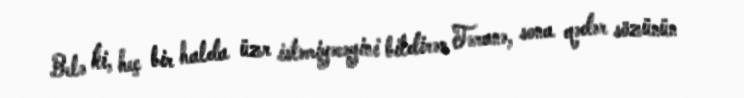
Belə ki, heç bir halda üzr istəmiyəcəyini bildirən Təranə, sona qədər sözünün